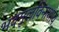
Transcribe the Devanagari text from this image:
भवमूलविनाशाय